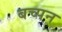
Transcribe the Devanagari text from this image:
बच्पन